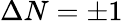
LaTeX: \Delta N=\pm 1